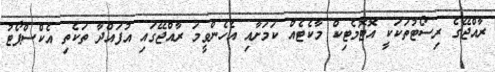
ރާއްޖޭގެ ރިސޯޓުތަކަކީ އޮޓޮމެޓިކް މާކެޓެއް ކަމަށާއި އެހެންވީމަ ރާއްޖޭގައި އުފައްދާ ތަކެތި އެކްސްޕޯޓު